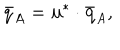
\bar { q } _ { A } = { \bf u } ^ { * } \cdot \bar { { \bf q } } _ { A } ,